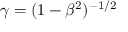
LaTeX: \gamma = ( 1 - \beta ^ { 2 } ) ^ { - 1 / 2 }